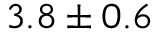
3 . 8 \pm 0 . 6